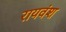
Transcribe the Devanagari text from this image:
रायवंश